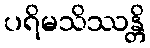
ပရိမသိဿန္တိ